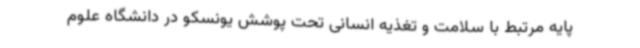
پایه مرتبط با سلامت و تغذیه انسانی تحت پوشش یونسکو در دانشگاه علوم